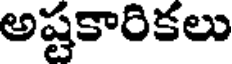
అష్టకారికలు